system: You are a helpful assistant.
user:
Analyze the provided spectrum to determine if it is a **"Cataclysmic Variables (CV)"**.

- **Key Indicators for CV (Check for either state):**
    - **State 1: Quiescent / Low-State (Emission-Dominated)**
        - **(Primary):** Strong and *very broad* Hydrogen Balmer emission lines (e.g., $H\alpha$ at 6563 Å, $H\beta$ at 4861 Å). The 'broadness' (high velocity dispersion, often FWHM > 1000 km/s) is the key diagnostic, indicating a high-velocity accretion disk.
        - **(Secondary):** Broad neutral Helium (He I) emission lines (e.g., 5876 Å, 6678 Å).
        - **(Key Confirmation):** Presence of high-excitation *ionized* Helium (He II) emission at 4686 Å. This is a strong indicator of accretion onto a white dwarf.
        - **(Line Profile):** Emission lines may exhibit a 'double-peaked' profile, which is a classic signature of a rotating accretion disk viewed at high inclination.

    - **State 2: Outburst / High-State (Absorption-Dominated)**
        - **(Primary):** Spectrum is dominated by a bright, blue continuum (looks like a hot star).
        - **(Secondary):** The emission lines from State 1 are weak, absent, or 'filled in', and are replaced by broad, shallow *absorption* lines (primarily Balmer and He I).
        - **(Morphology):** The overall spectrum mimics a hot B/A-type star. The crucial difference is that the absorption lines are significantly broader, shallower, and more 'washed-out' (or 'smeared') than the sharp lines of a normal stellar photosphere, due to high rotational speeds and pressure broadening in the disk.

Think first, call **spectral_visualization_tool** if needed to examine features in detail, then provide your final answer. Your response must adhere to the following strict rules:
1.  **Overall Structure:** Your response must follow the format `<think>...</think> <tool_call>...</tool_call> (if a tool is used) <answer>...</answer>`.
2.  **Tool Usage Constraint:** You may only make **one** tool call per turn.
3.  **Final Answer Format:** In the `<answer>` tag, your conclusion must be inside a `\boxed{}` command (e.g., `\boxed{YES}`), followed by your justification.

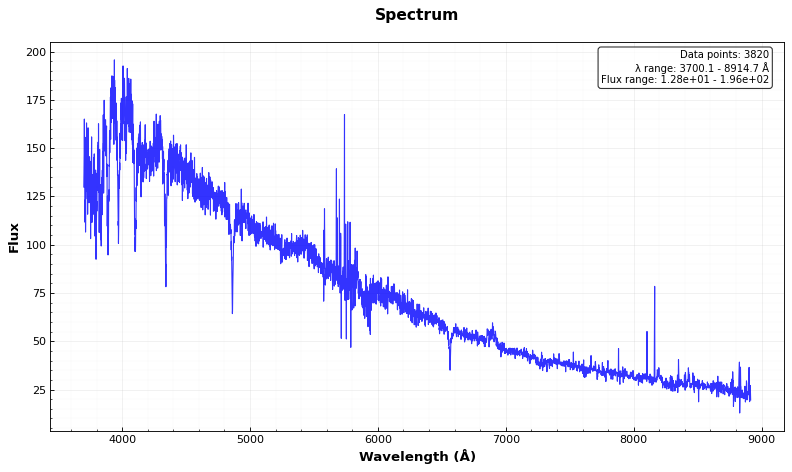
Answer: NO